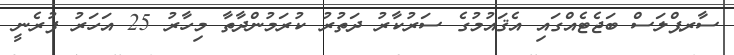
ސާރޕްލަސް ބަޖެޓެއްގައި އެޤައުމުގެ ސަރުކާރު ދަތުރު ކުރަމުންދާތާ މިހާރު 25 އަހަރު ފުރެނީ